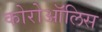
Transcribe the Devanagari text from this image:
कोरोऑलिस